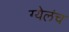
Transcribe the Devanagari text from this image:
ग्येलंच